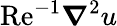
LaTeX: \mathrm{Re}^{-1}\boldsymbol{\nabla}^{2}u